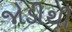
જોડીથી